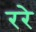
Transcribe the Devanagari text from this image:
ररे